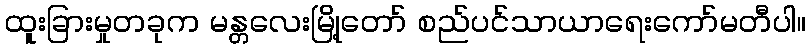
ထူးခြားမှုတခုက မန္တလေးမြို့တော် စည်ပင်သာယာရေးကော်မတီပါ။